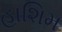
હાશિમ